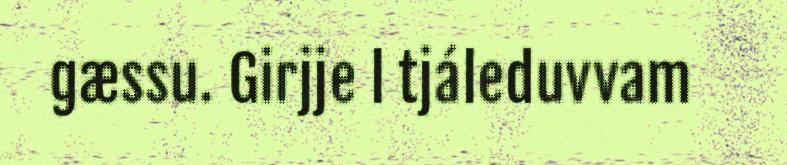
gæssu. Girjje l tjáleduvvam